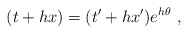
\begin{align*}(t + hx) = (t' + hx')e^{h\theta}~,\end{align*}